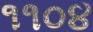
૧૧૦૪